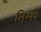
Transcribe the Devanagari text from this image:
तिमरे